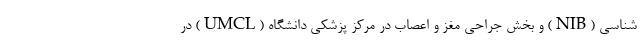
شناسی (NIB) و بخش جراحی مغز و اعصاب در مرکز پزشکی دانشگاه (UMCL) در